Medical and sanitary report of the native army of Madras for the year
Year: 1875
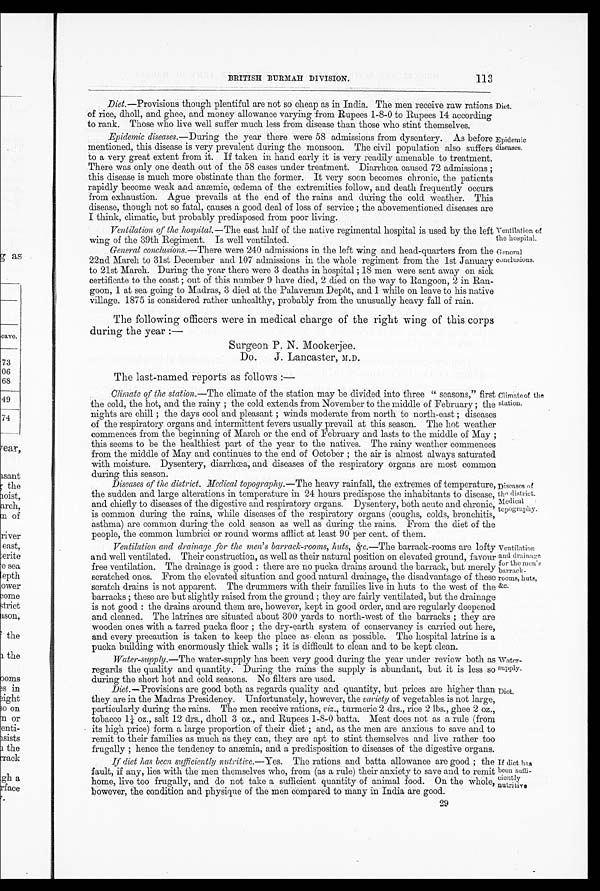
Ventilation of
the hospital.
General
conclusions.
Water-
supply.
Diet.
113
BRITISH BURMAH DIVISION.
Diet.—Provisions though plentiful are not so cheap as in India. The men receive raw rations
of rice, dholl, and ghee, and money allowance varying from Rupees 1-8-0 to Rupees 14 according
to rank. Those who live well suffer much less from disease than those who stint themselves.
Epidemic diseases.— During the year there were 58 admissions from dysentery. As before
mentioned, this disease is very prevalent during the monsoon. The civil population also suffers
to a very great extent from it. If taken in hand early it is very readily amenable to treatment.
There was only one death out of the 58 cases under treatment. Diarrhœa caused 72 admissions;
this disease is much more obstinate than the former. It very soon becomes chronic, the patients
rapidly become weak and anæmic, œdema of the extremities follow, and death frequently occurs
from exhaustion. Ague prevails at the end of the rains and during the cold weather. This
disease, though not so fatal, causes a good deal of loss of service; the abovementioned diseases are
I think, climatic, but probably predisposed from poor
Diet.
Epidemic
diseases.
Ventilation of the hospital.— The east half of the native regimental hospital is used by the left
wing of the 39th Regiment. Is well ventilated.
General conclusions.—There were 240 admissions in the left wing and head-quarters from the
22nd March to 31st December and 107 admissions in the whole regiment from the 1st January
to 21st March. During the year there were 3 deaths in hospital; 18 men were sent away on sick
certificate to the coast; out of this number 9 have died, 2 died on the way to Rangoon, 2 in Ran
-
goon, 1 at sea going to Madras, 3 died at the Palaveram Depot, and 1 while on leave to his native
village. 1875 is considered rather unhealthy, probably from the unusually heavy fall of rain.
The following officers were in medical charge of the right wing of this corps
during the year:—
Surgeon P. N. Mookerjee.
Do.
J. Lancaster, M.D.
The last-named reports as follows:—
Climate of the station.— The climate of the station may be divided into three "seasons," first
the cold, the hot, and the rainy; the cold extends from November to the middle of February; the
nights are chill; the days cool and pleasant; winds moderate from north to north-east; diseases
of the respiratory organs and intermittent fevers usually prevail at this season. The hot weather
commences from the beginning of March or the end of February and lasts to the middle of May;
this seems to be the healthiest part of the year to the natives. The rainy weather commences
from the middle of May and continues to the end of October; the air is almost always saturated
with moisture. Dysentery, diarrhœa, and diseases of the respiratory organs are most common
during this season.
Diseases of the district. Medical topography.—The heavy rainfall, the extremes of temperature,
the sudden and large alterations in temperature in 24 hours predispose the inhabitants to disease,
and chiefly to diseases of the digestive and respiratory organs. Dysentery, both acute and chronic,
is common during the rains, while diseases of the respiratory organs (coughs, colds, bronchitis,
asthma) are common during the cold season as well as during the rains. From the diet of the
people, the common lumbrici or round worms afflict at least 90 per cent. of them.
Climate of the
station.
Diseases of
the district.
Medical
topography.
Ventilation and drainage for the men's barrack-rooms, huts, &c.— The barrack-rooms are lofty
and well ventilated. Their construction, as well as their natural position on elevated ground, favour
free ventilation. The drainage is good: there are no pucka drains around the barrack, but merely
scratched ones. From the elevated situation and good natural drainage, the disadvantage of these
scratch drains is not apparent. The drummers with their families live in huts to the west of the
barracks; these are but slightly raised from the ground; they are fairly ventilated, but the drainage
is not good: the drains around them are, however, kept in good order, and are regularly deepened
and cleaned. The latrines are situated about 300 yards to north-west of the barracks; they are
wooden ones with a tarred pucka floor; the dry-earth system of conservancy is carried out here,
and every precaution is taken to keep the place as clean as possible. The hospital latrine is a
pucka building with enormously thick walls; it is difficult to clean and to be kept clean.
Ventilation
and drain
age for the men's
barrack-
rooms, huts,
&c.
Water-supply.— The water-supply has been very good during the year under review both as
regards the quality and quantity. During the rains the supply is abundant, but it is less so
during the short hot and cold seasons. No filters are used.
Diet.— Provisions are good both as regards quality and quantity, but prices are higher than
they are in the Madras Presidency. Unfortunately, however, the variety of vegetables is not large,
particularly during the rains. The men receive rations, viz., turmeric 2 drs., rice 2 lbs., ghee 2 oz.,
tobacco 1¼ oz., salt 12 drs., dholl 3 oz., and Rupees 1-8-0 batta. Meat does not as a rule (from
its high price) form a large proportion of their diet; and, as the men are anxious to save and to
remit to their families as much as they can, they are apt to stint themselves and live rather too
frugally: hence the tendency to anæmia, and a -predisposition to diseases of the digestive organs.
If diet has been sufficiently nutritive.—Yes. The rations and batta allowance are good; the
fault, if any, lies with the men themselves who, from (as a rule) their anxiety to save and to remit
home, live too frugally, and do not take a sufficient quantity of animal food. On the whole,
however, the condition and physique of the men compared to Many in India are good.
If diet has
been suffi-
ciently
nutritive
2 9